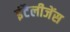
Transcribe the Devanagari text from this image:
इंटैलीजेंस